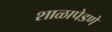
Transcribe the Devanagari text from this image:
शाळापेडणे